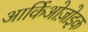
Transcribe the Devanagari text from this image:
आर्किओज़ोइक